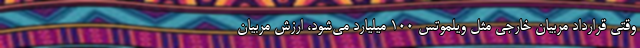
وقتی قرارداد مربیان خارجی مثل ویلموتس 100 میلیارد می‌شود، ارزش مربیان